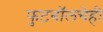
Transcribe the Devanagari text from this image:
फुटबॉलचेही